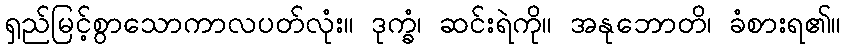
ရှည်မြင့်စွာသောကာလပတ်လုံး။ ဒုက္ခံ၊ ဆင်းရဲကို။ အနုဘောတိ၊ ခံစားရ၏။